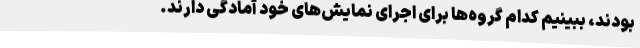
بودند، ببینیم کدام گروه‌ها برای اجرای نمایش‌های خود آمادگی دارند.